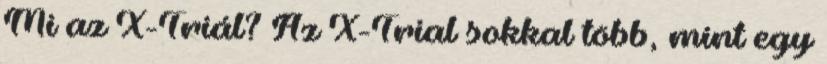
Mi az X-Triál? Az X-Trial sokkal több, mint egy